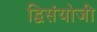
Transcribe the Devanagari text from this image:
द्विसंयोजी